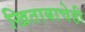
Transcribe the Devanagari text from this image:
खिताबाचेही